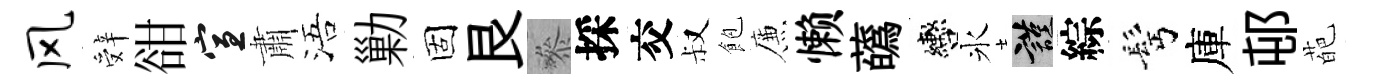
风辤𧮳宣肅浯勦固艮叅採交叔飽簾懒蘤轡氷謹綜髩庫邨葩